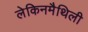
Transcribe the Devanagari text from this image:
लेकिनमैथिली